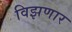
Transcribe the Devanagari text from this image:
विझणार